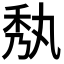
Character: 𮂼